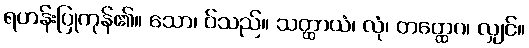
ရဟန်းပြုကုန်၏။ သော၊ ဝ်သည်။ သတ္ထာယံ၊ လုံ၊ တတ္ထေဂ၊ လျှင်။